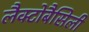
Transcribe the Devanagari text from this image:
लैक्टोबैसिली